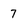
Character: 7